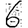
Digit: 6